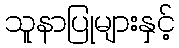
သူနာပြုများနှင့်